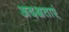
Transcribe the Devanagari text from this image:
अदक्षताएं